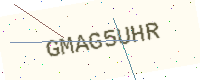
Text: GMAG5UHR